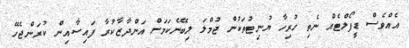
އެއްވެސް ޑީފޯލްޓެއް ނެތި ހުރިހާ ޔުނިޓުތަކުން ޖުމްލަ ލިބޭނެކަމަށް އަންދާޒާކުރާ ފައިސާއިން ކުރަންޖެހޭ